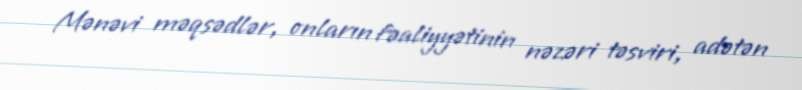
Mənəvi məqsədlər, onların fəaliyyətinin nəzəri təsviri, adətən